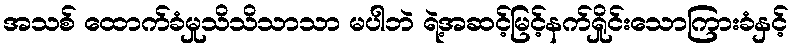
အသစ် ထောက်ခံမှုသိသိသာသာ မပါဘဲ ရဲ့အဆင့်မြင့်နက်ရှိုင်းသောကြားခံနှင့်